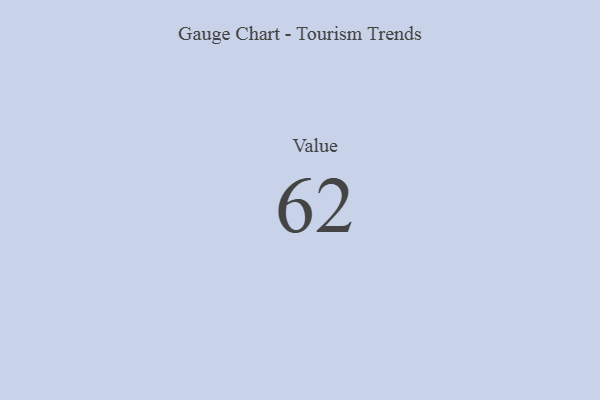
{"axis": {"x": "Metric", "y": "Value"}, "legend": [""], "data": [{"x": "Value", "y": 62, "type": ""}]}